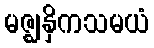
မဇ္ဈနှိကသမယံ